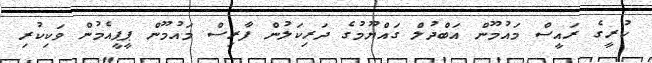
ކުރީގެ ރައީސް މައުމޫން އަބްދުލް ގައްޔޫމުގެ ދަރިކަލުން ފާރިސް މައުމޫން ޕީޕީއެމުން ވަކިކުރި